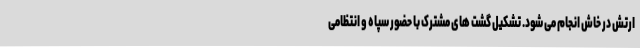
ارتش در خاش انجام می شود. تشکیل گشت های مشترک با حضور سپاه و انتظامی